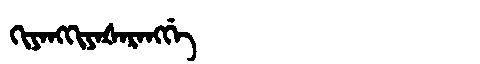
Manchu: ᡴᡳᠶᠠᠩᡴᡳᠶᠠᡧᠠᡵᠠᠩᡤᡝ
Romanization: KIYANGKIYAŠARANGGE